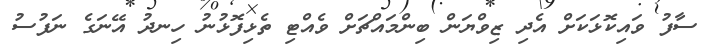
ސާފު ވައިކޮޅަކަށް އެދި ޒިވްޔަން ބިންމައްޗަށް ވެއްޓި ތެޅިފޮޅުނު ހިނދު އޭނަގެ ނަފުސު